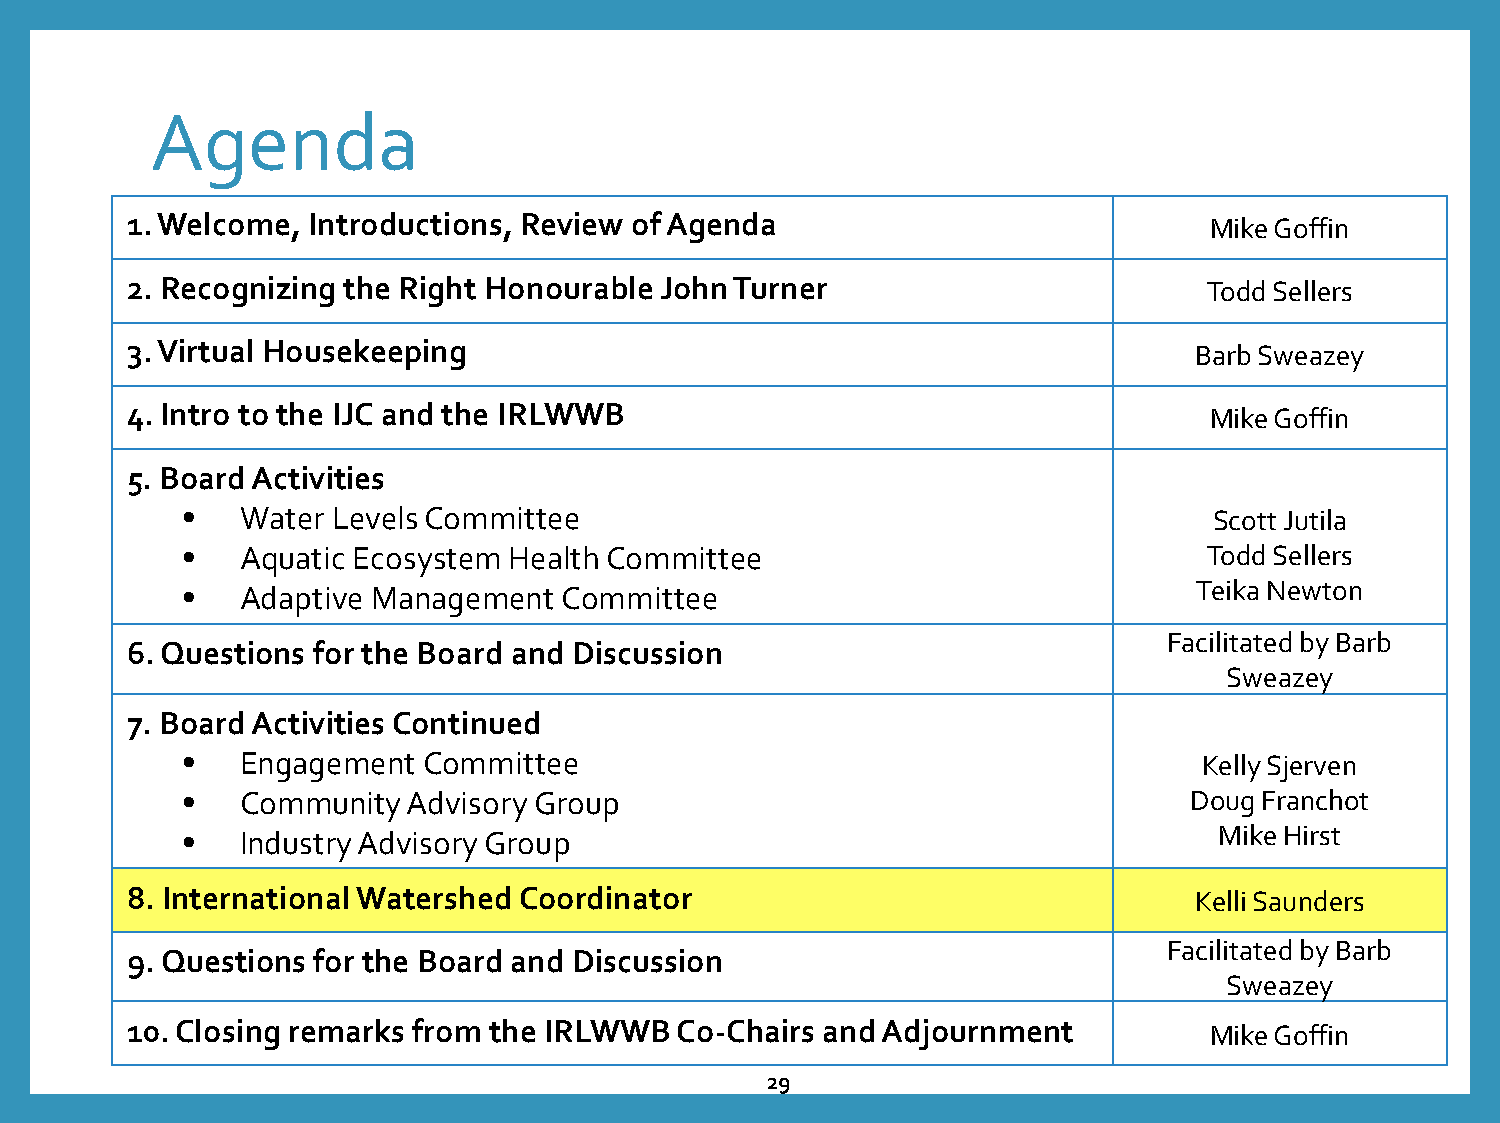
Agenda
 1. Welcome, Introductions, Review of Agenda                             Mike Goffin
 2. Recognizing the Right Honourable John Turner                         Todd Sellers
 3. Virtual Housekeeping                                                Barb Sweazey
 4. Intro to the IJC and the IRLWWB                                      Mike Goffin
 5. Board Activities
 •   Water Levels Committee                                          Scott Jutila
 •   Aquatic Ecosystem Health Committee                              Todd Sellers
 •   Adaptive Management  Committee                                 Teika Newton
 Facilitated by Barb
 6. Questions for the Board and Discussion
 Sweazey
 7. Board Activities Continued
 •   Engagement  Committee                                           Kelly Sjerven
 •   Community  Advisory Group                                      Doug Franchot
 •   Industry Advisory Group                                          Mike Hirst
 8. International Watershed Coordinator                                 Kelli Saunders
 Facilitated by Barb
 9. Questions for the Board and Discussion
 Sweazey
 10. Closing remarks from the IRLWWB  Co-Chairs and Adjournment          Mike Goffin
 29